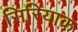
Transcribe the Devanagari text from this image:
सिरियाक